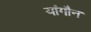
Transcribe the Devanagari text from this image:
यांगौन